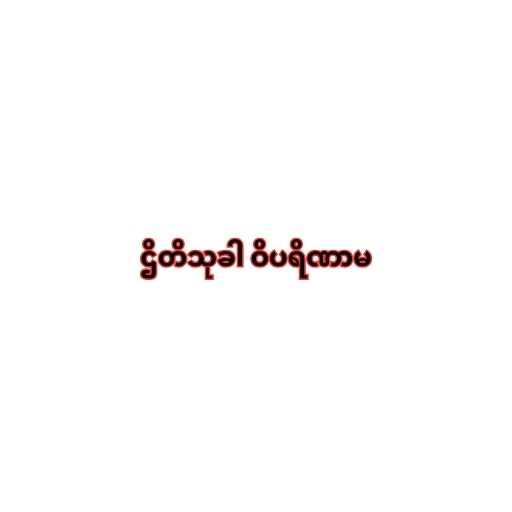
ဌိတိသုခါ ဝိပရိဏာမ